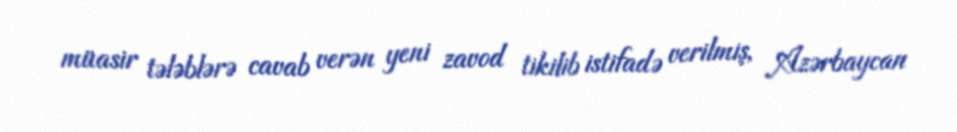
müasir tələblərə cavab verən yeni zavod tikilib istifadə verilmiş, Azərbaycan